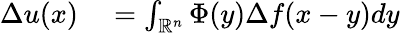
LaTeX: \begin{array}{rl}{\Delta u(x)}&{{}=\int_{\mathbb{R}^{n}}\Phi(y)\Delta f(x-y)dy}\end{array}